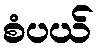
စံပယ်